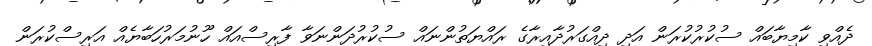
ދެއްވި ކާމިޔާބައް ސުކުރުކުރަން އަދި ދިއްގަރުދާއިރާގެ ރައްޔަތުންނައް ސުކުރުދަންނަވާ ފާރިސްއައް ހޫނުމަރުހަބާޔެއް އަރިސްކުރަން